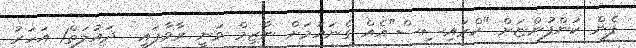
ފެން ކުންފުންޏަށް "ކްރައިސިސް"އެއް ގެނައުމަށް ނާޒިމް ވަނީ ރާވާފައި  ދައުލަތް1 އަހަރު